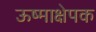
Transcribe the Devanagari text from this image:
ऊष्माक्षेपक